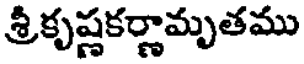
శ్రీకృష్ణకర్ణామృతము